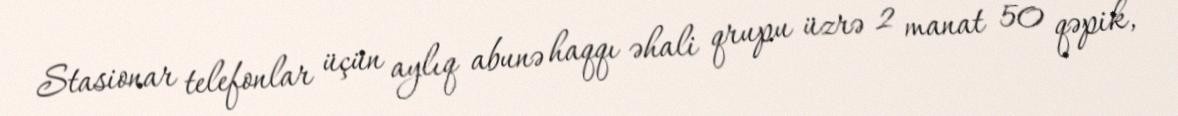
Stasionar telefonlar üçün aylıq abunə haqqı əhali qrupu üzrə 2 manat 50 qəpik,